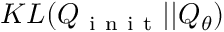
K L ( Q _ { \mathrm { ~ i ~ n ~ i ~ t ~ } } | | Q _ { \theta } )